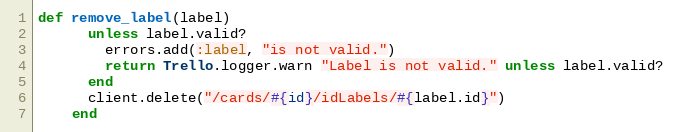
Language: Ruby
def remove_label(label)
      unless label.valid?
        errors.add(:label, "is not valid.")
        return Trello.logger.warn "Label is not valid." unless label.valid?
      end
      client.delete("/cards/#{id}/idLabels/#{label.id}")
    end